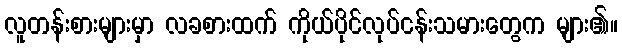
လူတန်းစားများမှာ လခစားထက် ကိုယ်ပိုင်လုပ်ငန်းသမားတွေက များ၏။